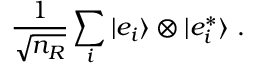
{ \frac { 1 } { \sqrt { n _ { R } } } } \sum _ { i } | e _ { i } \rangle \otimes | e _ { i } ^ { * } \rangle ~ .